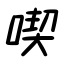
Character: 喫